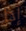
إذا